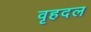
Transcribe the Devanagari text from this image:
वृहदल